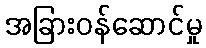
အခြားဝန်ဆောင်မှု